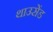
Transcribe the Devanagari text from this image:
थाउसेंड